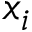
x _ { i }